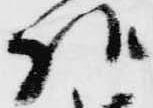
様